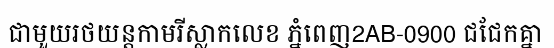
ជាមួយរថយន្តកាមរីស្លាកលេខ ភ្នំពេញ2AB-0900 ជជែកគ្នា